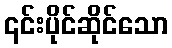
၎င်းပိုင်ဆိုင်သော